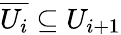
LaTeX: {\overline{{U_{i}}}}\subseteq U_{i+1}